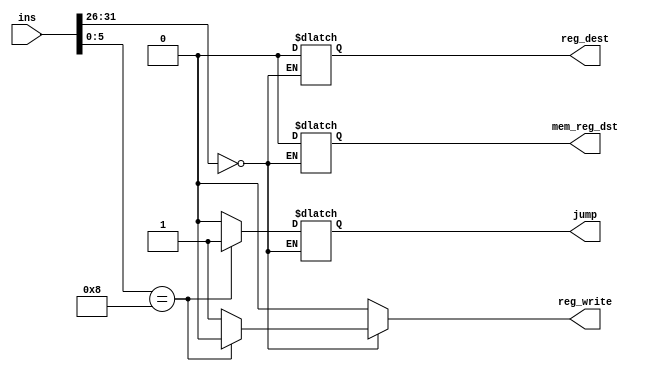
//Controller.v

module Controller(
	input wire [31:0] ins,
	output reg reg_write,
	output reg reg_dest,
	output reg mem_reg_dst,
	output reg jump);
	
	always @* begin
		if (ins[31:26] == 6'b000000) begin
			reg_write = 1;
			mem_reg_dst = 0;
			reg_dest = 0;
			jump = 0;
			
			if (ins[5:0] == 6'b001000) begin
				jump = 1;
				reg_write = 0;
			end	
		end 
		
		else begin
			reg_write = 0;
		end
	end
endmodule